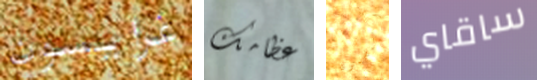
غرايسون عظامك المضمون ساقاي